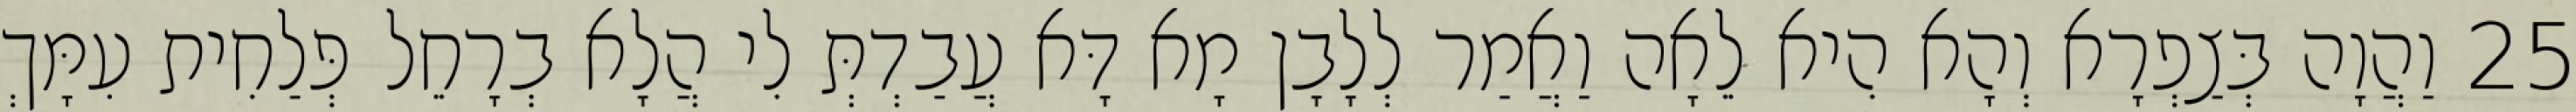
25 וַהֲוָה בְּצַפְרָא וְהָא הִיא לֵאָה וַאֲמַר לְלָבָן מָא דָּא עֲבַדְתְּ לִי הֲלָא בְרָחֵל פְּלַחִית עִמָּךְ